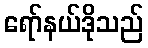
ရော်နယ်ဒိုသည်